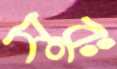
সুরঃ